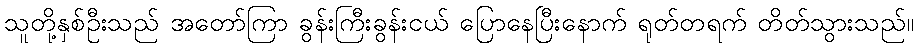
သူတို့နှစ်ဦးသည် အတော်ကြာ ခွန်းကြီးခွန်းငယ် ပြောနေပြီးနောက် ရုတ်တရက် တိတ်သွားသည်။